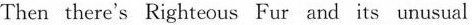
Then there's Righteous Fur and its unusual